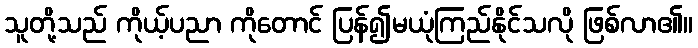
သူတို့သည် ကိုယ့်ပညာ ကိုတောင် ပြန်၍မယုံကြည်နိုင်သလို ဖြစ်လာ၏။